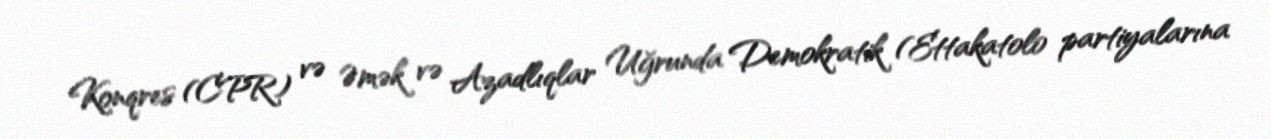
Konqres (CPR) və Əmək və Azadlıqlar Uğrunda Demokratik (Ettakatol0 partiyalarına